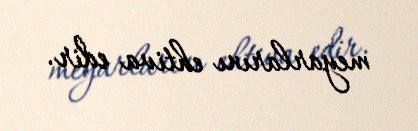
meyarlarını ehtiva edir.